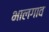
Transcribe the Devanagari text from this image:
भालगाव